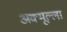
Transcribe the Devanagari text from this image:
अक्मूल्ला